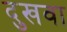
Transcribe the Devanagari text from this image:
दुखवा